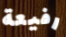
رفيعة